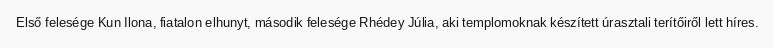
Első felesége Kun Ilona, fiatalon elhunyt, második felesége Rhédey Júlia, aki templomoknak készített úrasztali terítőiről lett híres.